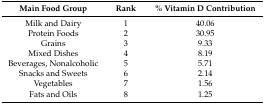
<table><thead><tr><td><b>Main Food Group</b></td><td><b>Rank</b></td><td><b>% Vitamin D Contribution</b></td></tr></thead><tbody><tr><td>Milk and Dairy</td><td>1</td><td>40.06</td></tr><tr><td>Protein Foods</td><td>2</td><td>30.95</td></tr><tr><td>Grains</td><td>3</td><td>9.33</td></tr><tr><td>Mixed Dishes</td><td>4</td><td>8.19</td></tr><tr><td>Beverages, Nonalcoholic</td><td>5</td><td>5.71</td></tr><tr><td>Snacks and Sweets</td><td>6</td><td>2.14</td></tr><tr><td>Vegetables</td><td>7</td><td>1.56</td></tr><tr><td>Fats and Oils</td><td>8</td><td>1.25</td></tr></tbody></table>